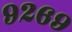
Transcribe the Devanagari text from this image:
९२६९